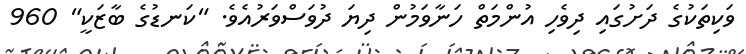
ވަކިތަކުގެ ދަށުގައި ދިވެހި އުންމަތް ހަނާވަމުން ދިޔަ ދުވަސްވަރުއެވެ. "ކަނޑުގެ ބާޒަކީ" 960